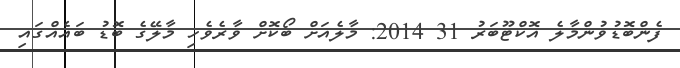
ފެންބޮޑުވުންމާލެ އޮކްޓޫބަރު 31 2014: މާލެއަށް ބޯކޮށް ވާރެވެހި މާލޭގެ ބޮޑު ބައެއްގައި